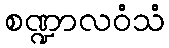
စဏ္ဍာလဝံသံ